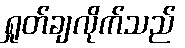
ရှုတ်ချလိုက်သည်